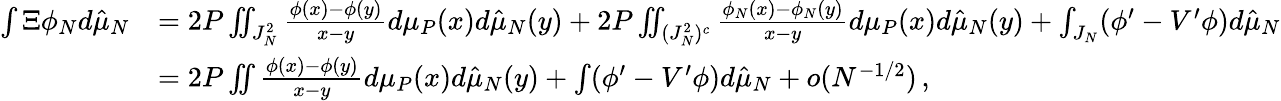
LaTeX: \begin{array}{rl}{\int\Xi\phi_{N}d\hat{\mu}_{N}}&{=2P\iint_{J_{N}^{2}}\frac{\phi(x)-\phi(y)}{x-y}d\mu_{P}(x)d\hat{\mu}_{N}(y)+2P\iint_{(J_{N}^{2})^{c}}\frac{\phi_{N}(x)-\phi_{N}(y)}{x-y}d\mu_{P}(x)d\hat{\mu}_{N}(y)+\int_{J_{N}}(\phi^{\prime}-V^{\prime}\phi)d\hat{\mu}_{N}}\\ &{=2P\iint\frac{\phi(x)-\phi(y)}{x-y}d\mu_{P}(x)d\hat{\mu}_{N}(y)+\int(\phi^{\prime}-V^{\prime}\phi)d\hat{\mu}_{N}+o(N^{-1/2})\, ,}\end{array}